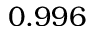
0 . 9 9 6